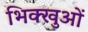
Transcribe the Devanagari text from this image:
भिक्खुओं